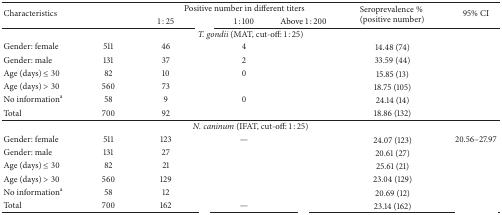
<table><thead><tr><td rowspan="2"><b>Characteristics</b></td><td rowspan="2">[EMPTY_CELL]</td><td colspan="4"><b>Positive number in different titers</b></td><td rowspan="2"><b>Seroprevalence % (positive number) </b></td><td rowspan="2"><b>95% CI</b></td></tr><tr><td><b>1 : 25</b></td><td>[EMPTY_CELL]</td><td><b>1 : 100</b></td><td><b>Above 1 : 200</b></td></tr></thead><tbody><tr><td colspan="8"><i>T. gondii</i> (MAT, cut-off: 1 : 25)</td></tr><tr><td>Gender: female</td><td>511</td><td>46</td><td>[EMPTY_CELL]</td><td>4</td><td>[EMPTY_CELL]</td><td>14.48 (74)</td><td>[EMPTY_CELL]</td></tr><tr><td>Gender: male</td><td>131</td><td>37</td><td>[EMPTY_CELL]</td><td>2</td><td>[EMPTY_CELL]</td><td>33.59 (44)</td><td>[EMPTY_CELL]</td></tr><tr><td>Age (days) ≤ 30</td><td>82</td><td>10</td><td>[EMPTY_CELL]</td><td>0</td><td>[EMPTY_CELL]</td><td>15.85 (13)</td><td>[EMPTY_CELL]</td></tr><tr><td>Age (days) &gt; 30</td><td>560</td><td>73</td><td>[EMPTY_CELL]</td><td>[EMPTY_CELL]</td><td>[EMPTY_CELL]</td><td>18.75 (105)</td><td>[EMPTY_CELL]</td></tr><tr><td>No information<sup>a</sup></td><td>58</td><td>9</td><td>[EMPTY_CELL]</td><td>0</td><td>[EMPTY_CELL]</td><td>24.14 (14)</td><td>[EMPTY_CELL]</td></tr><tr><td>Total</td><td>700</td><td>92</td><td>[EMPTY_CELL]</td><td>[EMPTY_CELL]</td><td>[EMPTY_CELL]</td><td>18.86 (132)</td><td>[EMPTY_CELL]</td></tr><tr><td colspan="8"><i>N. caninum</i> (IFAT, cut-off: 1 : 25)</td></tr><tr><td>Gender: female</td><td>511</td><td>123</td><td>[EMPTY_CELL]</td><td>—</td><td>[EMPTY_CELL]</td><td>24.07 (123)</td><td>20.56–27.97</td></tr><tr><td>Gender: male</td><td>131</td><td>27</td><td>[EMPTY_CELL]</td><td>[EMPTY_CELL]</td><td>[EMPTY_CELL]</td><td>20.61 (27)</td><td>[EMPTY_CELL]</td></tr><tr><td>Age (days) ≤ 30</td><td>82</td><td>21</td><td>[EMPTY_CELL]</td><td>[EMPTY_CELL]</td><td>[EMPTY_CELL]</td><td>25.61 (21)</td><td>[EMPTY_CELL]</td></tr><tr><td>Age (days) &gt; 30</td><td>560</td><td>129</td><td>[EMPTY_CELL]</td><td>[EMPTY_CELL]</td><td>[EMPTY_CELL]</td><td>23.04 (129)</td><td>[EMPTY_CELL]</td></tr><tr><td>No information<sup>a</sup></td><td>58</td><td>12</td><td>[EMPTY_CELL]</td><td>[EMPTY_CELL]</td><td>[EMPTY_CELL]</td><td>20.69 (12)</td><td>[EMPTY_CELL]</td></tr><tr><td>Total</td><td>700</td><td>162</td><td>[EMPTY_CELL]</td><td>—</td><td>[EMPTY_CELL]</td><td>23.14 (162)</td><td>[EMPTY_CELL]</td></tr></tbody></table>